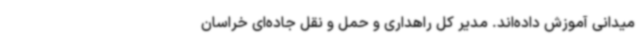
میدانی آموزش داده‌اند. مدیر کل راهداری و حمل و نقل جاده‌ای خراسان